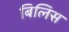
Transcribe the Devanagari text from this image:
बिलिस